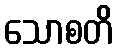
သောစတိ